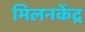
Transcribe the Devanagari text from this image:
मिलनकेंद्र